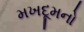
મખદૂમનો